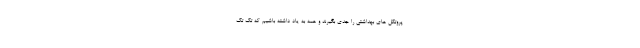
پروتکل های بهداشتی را جدی بگیرند و همه به یاد داشته باشیم که تک تک